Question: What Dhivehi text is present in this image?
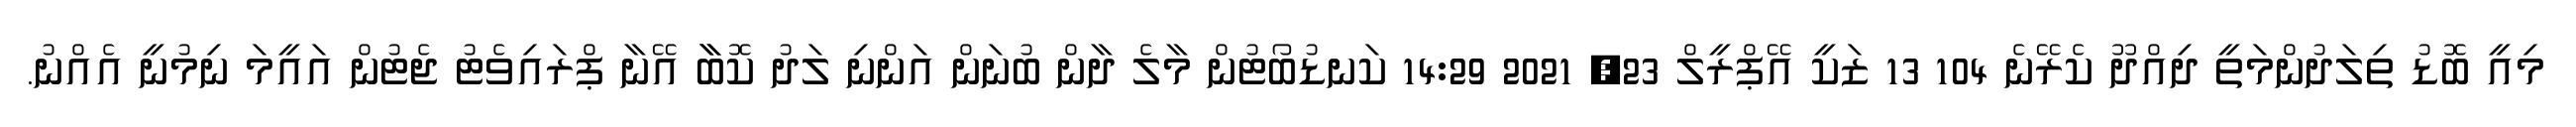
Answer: މިއީ ބޮޑު ތިލަދުންމަތީ ދިއްދޫ ކެރޭނެ 104 13 ޒަކީ އޭޕްރީލް 23, 2021 14:29 ކަނޑުބޯޓުން މާލެ ދާން ބުނަން އަންނި ލަދު ކޮބާާ އޭނާ ޕްރައިވެޓު ޖެޓުން އައީމަ ނިމުނީ އެއްނު.